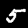
Digit: 5